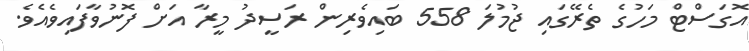
އޮގަސްޓް މަހުގެ ތެރޭގައި ޖުމުލަ 558 ބައިވެރިން ރަސީދު މީރާ އަށް ފޮނުވާފައިވެއެވެ.